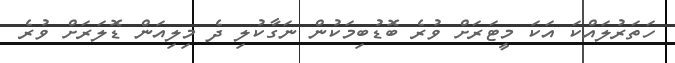
ހަތަރުލައްކަ އަކަ މީޓަރަށް ވުރެ ބޮޑުބިމަކުން ނަގާކުލި ދެ މިލިއަން ޑޮލަރަށް ވުރެ